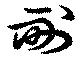
耐